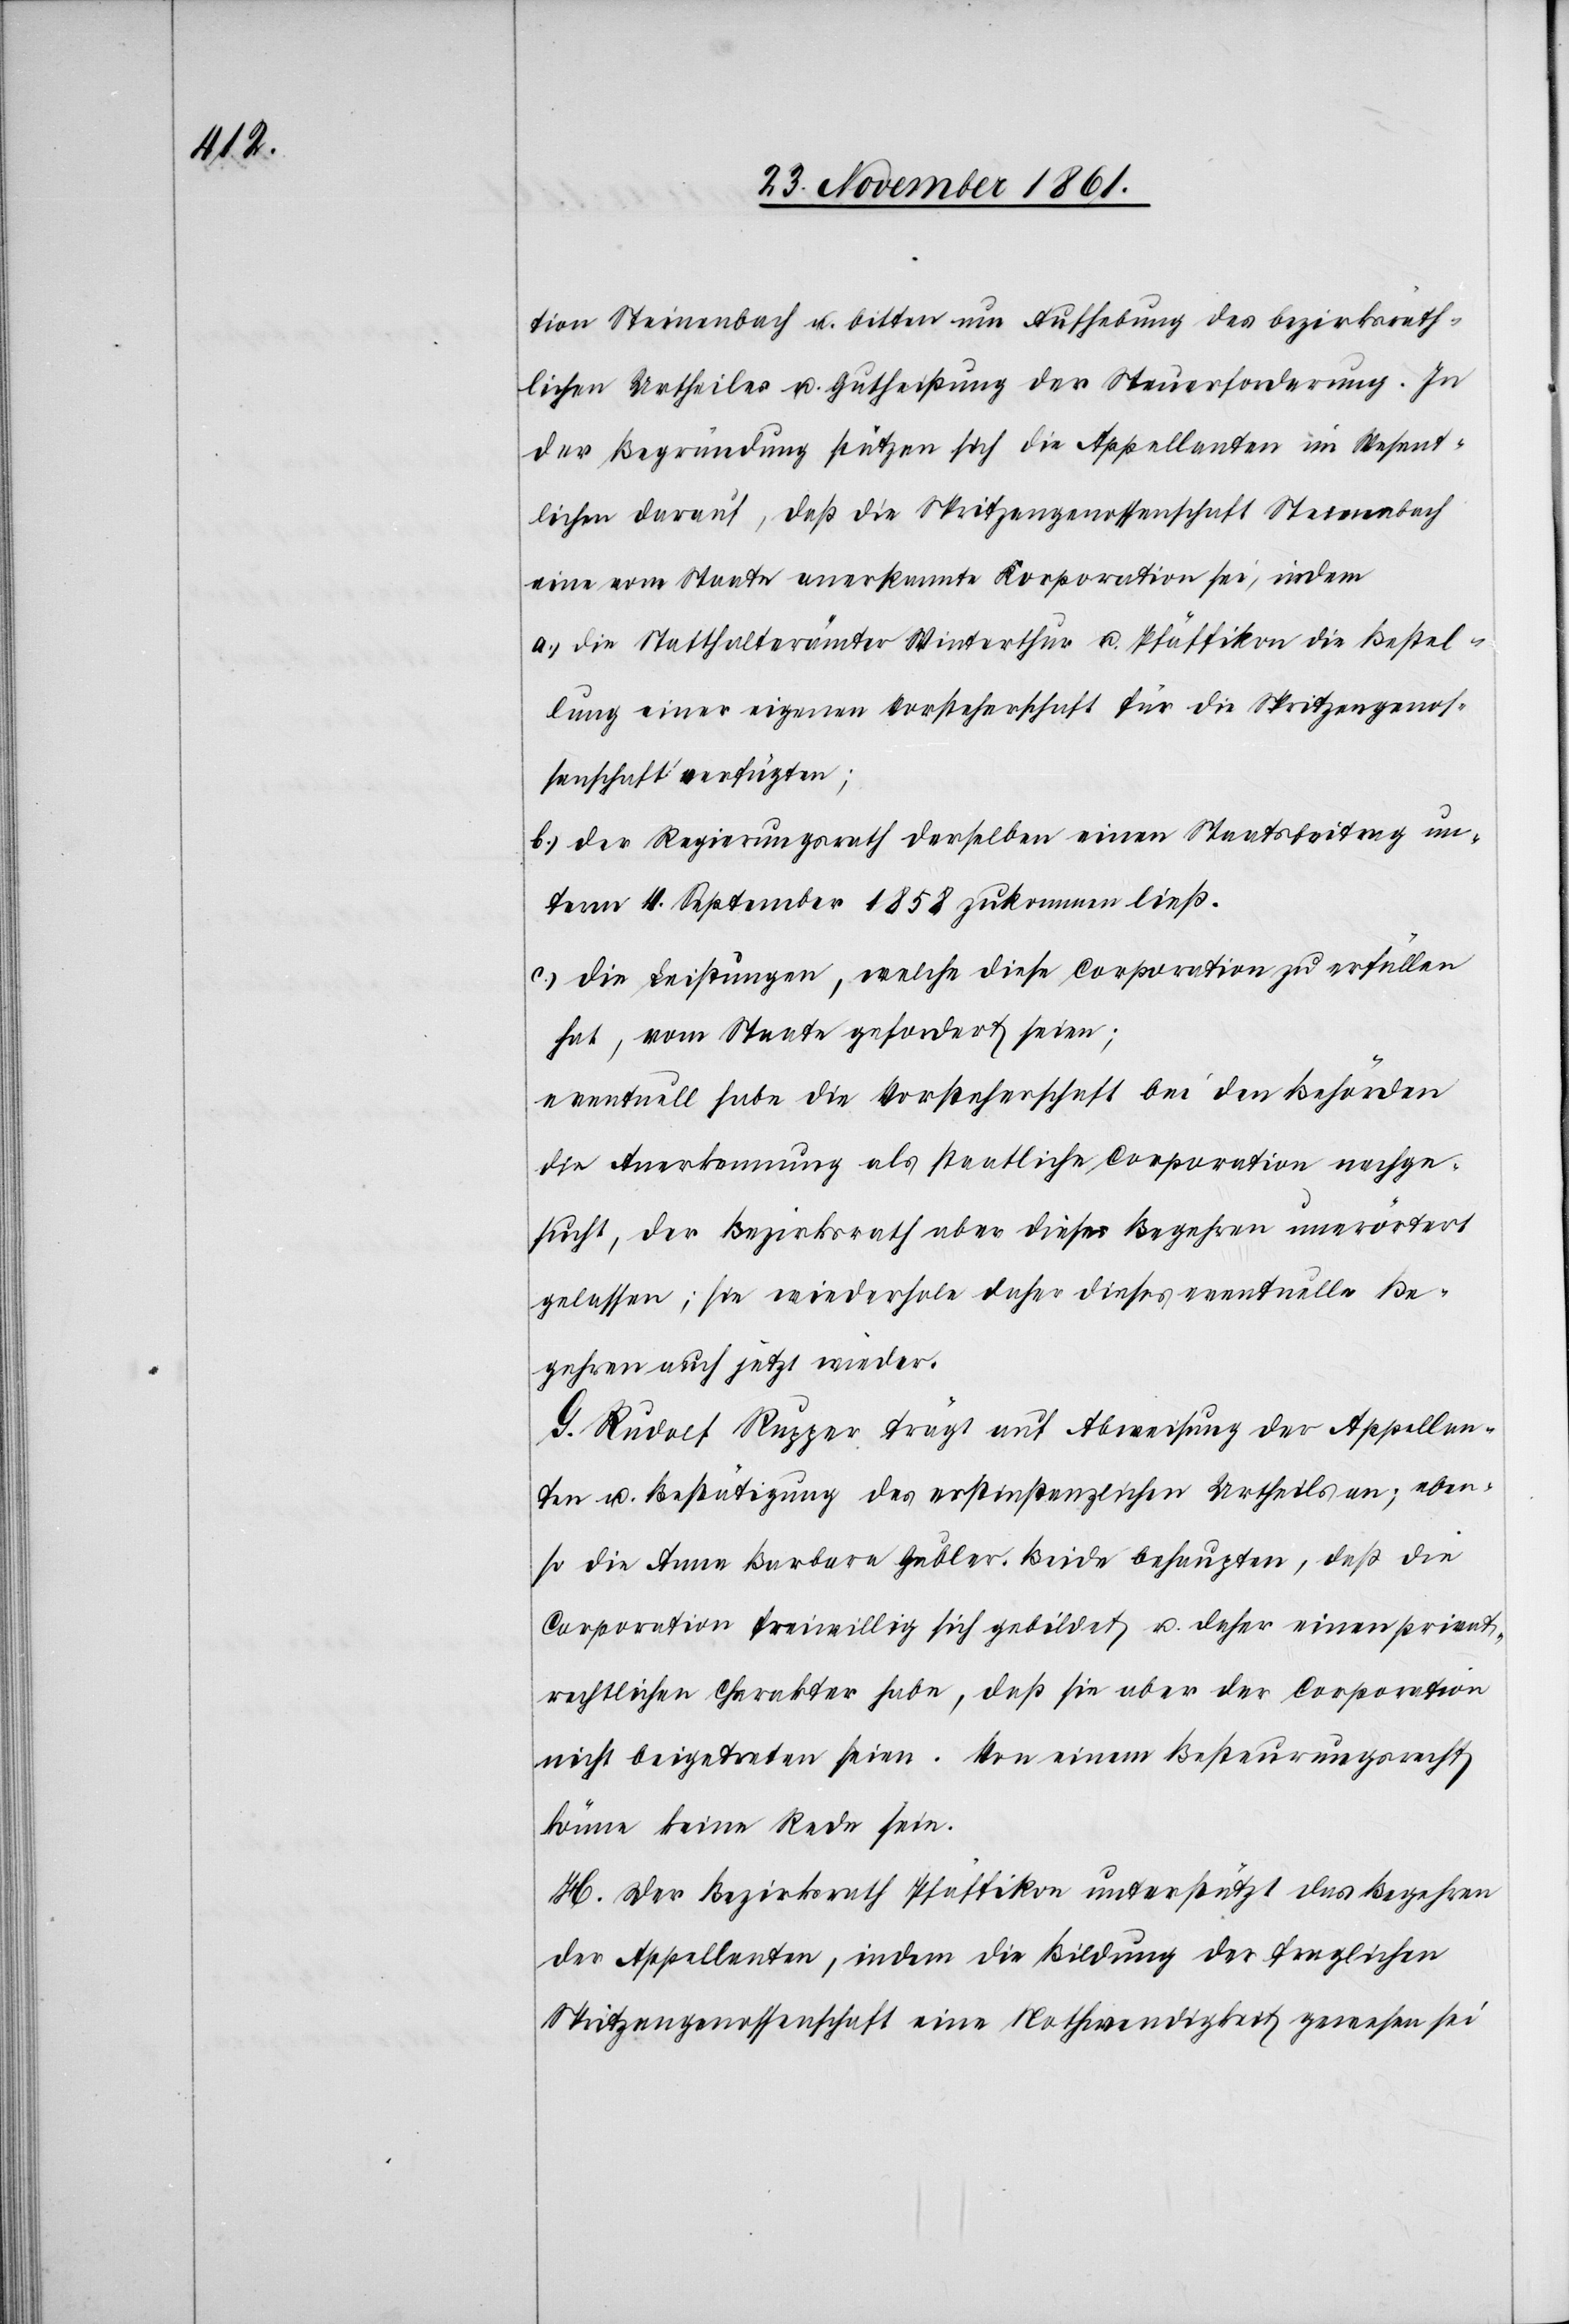
tion Steinenbach u. bitten um Aufhebung des bezirksräth¬
lichen Urtheiles u. Gutheißung der Steuerforderung. In
der Begründung stützen sich die Appellanten im Wesent¬
lichen darauf, daß die Spritzengenossenschaft Steinenbach
eine vom Staate anerkannte Korporation sei, indem
a.) die Statthalterämter Winterthur u. Pfäffikon die Bestel¬
lung einer eigenen Vorsteherschaft für die Spritzengenos¬
senschaft verfügten;
b.) der Regierungsrath derselben einen Staatsbeitrag un¬
term 4 September 1858 zukommen ließ.
c.) die Leistungen, welche diese Corporation zu erfüllen
hat, vom Staate gefordert seien;
eventuell habe die Vorsteherschaft bei den Behörden
für Anerkennung als staatliche Corporation nachge¬
sucht, der Bezirksrath aber dieses Begehren unerörtert
gelassen; sie wiederhole daher dieses eventuelle Be¬
gehren auch jetzt wieder.
G. Rudolf Rugger trägt auf Abweisung der Appellan¬
ten u. Bestätigung des erstinstanzlichen Urtheiles an, eben¬
so die Anna Barbara Gubler. Beide behaupten, daß die
Corporation freiwillig sich gebildet u. daher einen privat¬
rechtlichen Charakter habe, daß sie aber der Corporation
nicht beigetreten seien. Von einem Besteuerungsrecht
könne keine Rede sein.
H. Der Bezirksrath Pfäffikon unterstützt das Begehren
der Appellanten, indem die Bildung der fraglichen
Spritzengenossenschaft eine Nothwendigkeit gewesen sei